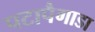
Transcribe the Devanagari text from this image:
पटापैगाडा